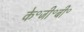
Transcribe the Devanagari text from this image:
के॰जी॰बी॰